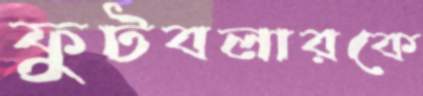
ফুটবলারকে